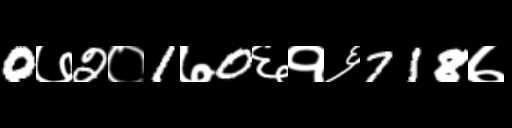
Text: 0७2०1७0६१६718७